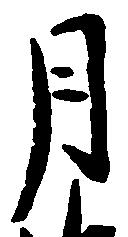
月